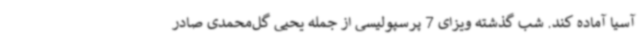
آسیا آماده کند. شب گذشته ویزای 7 پرسپولیسی از جمله یحیی گل‌محمدی صادر